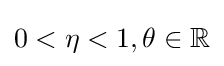
0<\eta <1,\theta \in \mathbb {R}